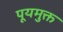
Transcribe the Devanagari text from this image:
पूयमुक्त